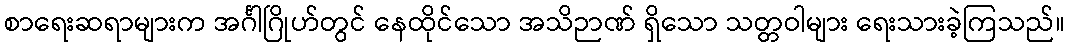
စာရေးဆရာများက အင်္ဂါဂြိုဟ်တွင် နေထိုင်သော အသိဉာဏ် ရှိသော သတ္တဝါများ ရေးသားခဲ့ကြသည်။